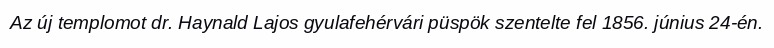
Az új templomot dr. Haynald Lajos gyulafehérvári püspök szentelte fel 1856. június 24-én.